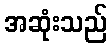
အဆုံးသည်